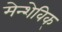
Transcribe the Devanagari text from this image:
मेन्शेविक्